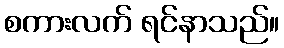
စကားလက် ရင်နာသည်။